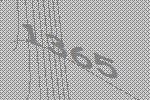
1365